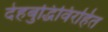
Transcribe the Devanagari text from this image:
देहबुद्धिविरहित